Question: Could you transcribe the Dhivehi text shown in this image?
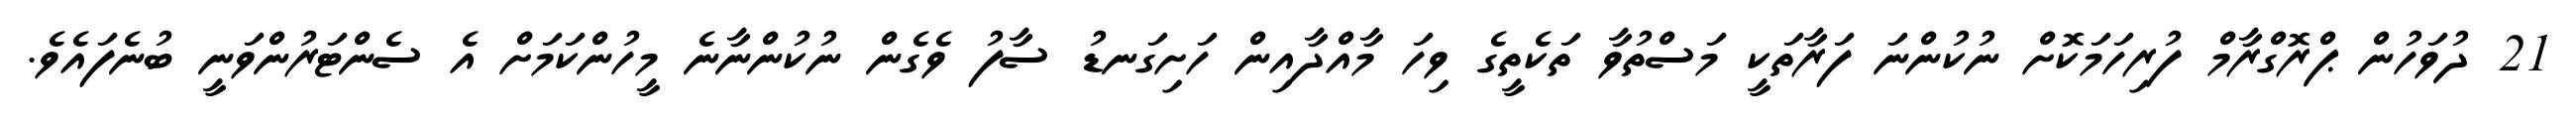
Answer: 21 ދުވަހުން ޕްރޮގްރާމް ފުރިހަމަކޮށް ނުކުންނަ ފަރާތަކީ މަސްތުވާ ތަކެތީގެ ވިހަ މާއްދާއިން ހަށިގަނޑު ސާފު ވެގެން ނުކުންނާނެ މީހުންކަމަށް އެ ސެންޓަރުންވަނީ ބުނެފައެވެ.